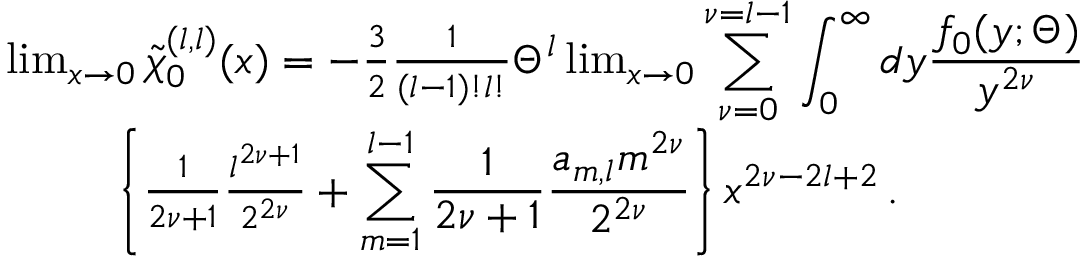
\begin{array} { r l } & { \operatorname* { l i m } _ { x \to 0 } \widetilde { \chi } _ { 0 } ^ { ( l , l ) } ( \boldsymbol { x } ) = - \frac { 3 } { 2 } \frac { 1 } { ( l - 1 ) ! l ! } \Theta ^ { l } \operatorname* { l i m } _ { x \to 0 } \displaystyle \sum _ { \nu = 0 } ^ { \nu = l - 1 } \int _ { 0 } ^ { \infty } d y \frac { f _ { 0 } ( y ; \Theta ) } { y ^ { 2 \nu } } } \\ & { \qquad \, \, \, \left\{ \frac { 1 } { 2 \nu + 1 } \frac { l ^ { 2 \nu + 1 } } { 2 ^ { 2 \nu } } + \displaystyle \sum _ { m = 1 } ^ { l - 1 } \frac { 1 } { 2 \nu + 1 } \frac { a _ { m , l } m ^ { 2 \nu } } { 2 ^ { 2 \nu } } \right\} x ^ { 2 \nu - 2 l + 2 } \, . } \end{array}